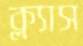
ক্ল্যাস